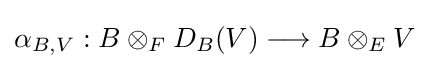
\alpha _{B,V}:B\otimes _{F}D_{B}(V)\longrightarrow B\otimes _{E}V